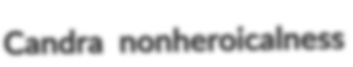
Candra nonheroicalness